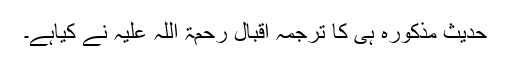
حدیث مذکورہ ہی کا ترجمہ اقبال رحمۃ اللہ علیہ نے کیاہے۔